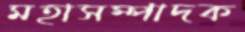
মহাসম্পাদক